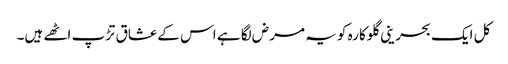
کل ایک بحرینی گلوکارہ کو یہ مرض لگا ہے اس کے عشاق تڑپ اٹھے ہیں۔